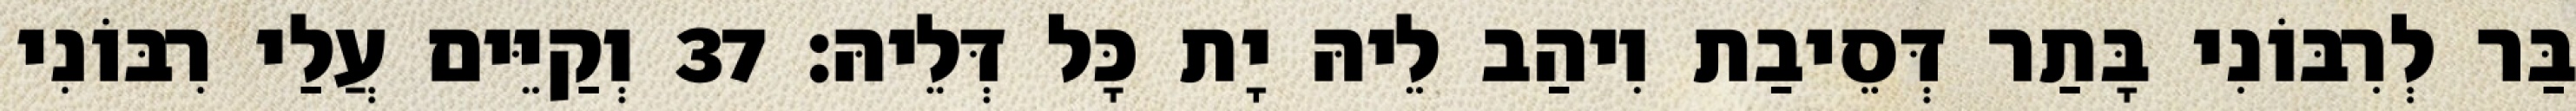
בַּר לְרִבּוֹנִי בָּתַר דְּסֵיבַת וִיהַב לֵיהּ יָת כָּל דְּלֵיהּ׃ 37 וְקַיֵּים עֲלַי רִבּוֹנִי